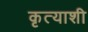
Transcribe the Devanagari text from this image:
कृत्याशी